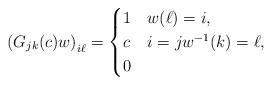
LaTeX: \begin{align*}{(G_{jk}(c)w)}_{i\ell}=\begin{cases}1 & w(\ell)=i, \\c & i=j w^{-1}(k)=\ell,\\0 & \end{cases}\end{align*}